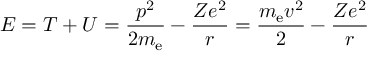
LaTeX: E = T + U = { \frac { p ^ { 2 } } { 2 m _ { \mathrm { { e } } } } } - { \frac { Z e ^ { 2 } } { r } } = { \frac { m _ { \mathrm { { e } } } v ^ { 2 } } { 2 } } - { \frac { Z e ^ { 2 } } { r } }